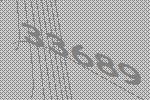
33689